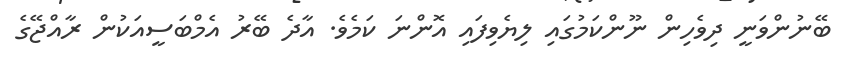
ބޭނުންވަނީ ދިވެހިން ނޫންކަމުގައި ލިޔެވިފައި އޮންނަ ކަމެވެ. އާދެ ބޭރު އެމްބަސީއަކުން ރާއްޖޭގެ